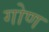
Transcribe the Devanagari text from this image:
गोण